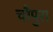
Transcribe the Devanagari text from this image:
चौपुरा